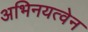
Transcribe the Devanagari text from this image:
अभिनयत्वेन